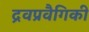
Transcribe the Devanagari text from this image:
द्रवप्रवैगिकी